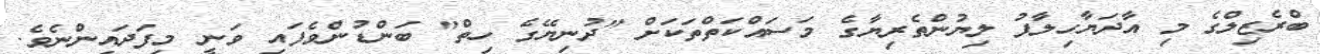
ބްރެޒިލްގެ މި އާދަޔާހިލާފު ލިޔުންތެރިޔާގެ މަސައްކަތްތަކަށް "ދުނިޔޭގެ ހިތް" ބަންޑުންވެފައި ވަނީ މިފަދައިންނެވެ.